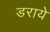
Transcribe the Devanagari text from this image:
डराये